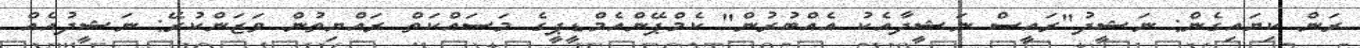
ރަން ކިޔައިގެން: ނަޝީދު"ރައީސް ނަޝީދާއެކު އެއްބުރުން" ކެމްޕޭންއެމްޑީޕީގެ މަސައްކަތް ރައްޔިތުން ވަޒަންކުރޭ: ނަޝީދުއެއް